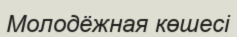
Молодёжная көшесі